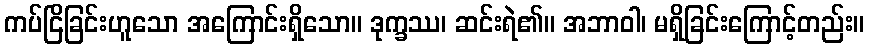
ကပ်ငြိခြင်းဟူသော အကြောင်းရှိသော။ ဒုက္ခဿ၊ ဆင်းရဲ၏။ အဘာဝါ၊ မရှိခြင်းကြောင့်တည်း။